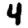
Digit: 4